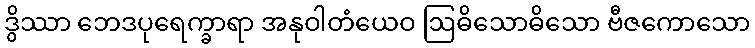
ဒွိဿာ ဘေဒပုရေက္ခာရာ အနုဝါတံယေဝ ဩဓိသောဓိသော ဗီဇကောသော